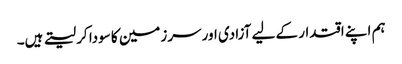
ہم اپنے اقتدار کے لیے آزادی اور سرزمین کا سودا کر لیتے ہیں۔